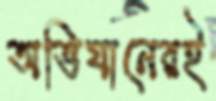
অভিযানেরই